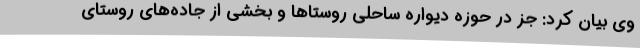
وی بیان کرد: جز در حوزه دیواره ساحلی روستاها و بخشی از جاده‌های روستای